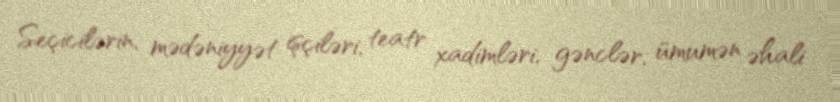
Seçicilərin, mədəniyyət işçiləri, teatr xadimləri, gənclər, ümumən əhali